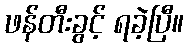
ဖန်တီးခွင့် ရခဲ့ပြီ။